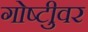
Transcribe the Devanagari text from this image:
गोष्टीुवर